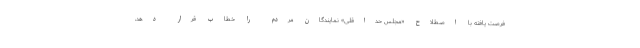
فرصت یافته با اصطلاح «مجلس حداقلی» نمایندگان مردم را خطاب قرار دهد،